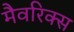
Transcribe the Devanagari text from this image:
मैवरिक्स